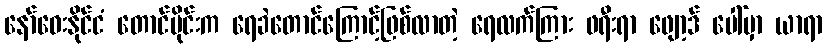
နော်ဝေးနိုင်ငံ တောင်ပိုင်းက ရေခဲတောင်ကြောင့်ဖြစ်လာတဲ့ ရေလက်ကြား ဖရီးရာ ဖျော့ဒ် ပေါ်မှာ ယာရာ